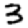
Digit: 3